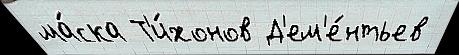
ма́ска Т'и́хонов Д'ем'е́нтьев